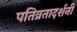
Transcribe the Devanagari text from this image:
पतिव्रतादर्शनी